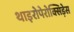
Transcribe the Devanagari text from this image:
थाइरोपेरोक्सिड़ेस